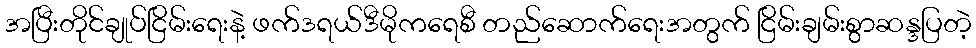
အပြီးတိုင်ချုပ်ငြိမ်းရေးနဲ့ ဖက်ဒရယ်ဒီမိုကရေစီ တည်ဆောက်ရေးအတွက် ငြိမ်းချမ်းစွာဆန္ဒပြတဲ့